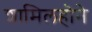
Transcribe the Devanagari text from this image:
शामिलहोने